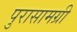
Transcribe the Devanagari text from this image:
पुरासामग्री